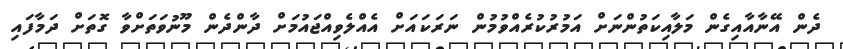
ދެން އޭނާއާއިގެން މަލާއިކަތުންނަށް އަމުރުކުރެއްވުމުން ނަރަކައަށް އެއްލެވިއްޖައުމަށް ދާންދެން މޫނުވަތަށްވާ ގޮތަށް ދަމާފައި